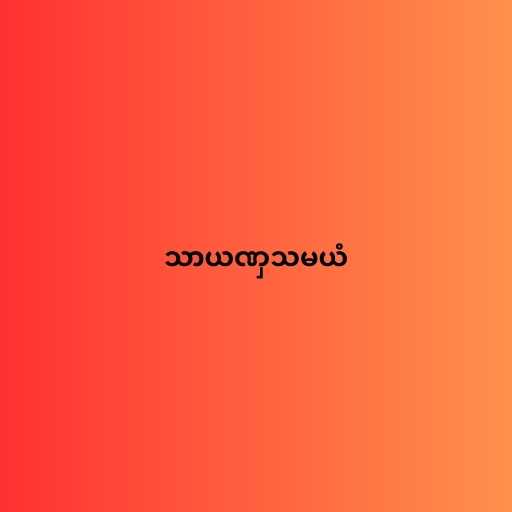
သာယဏှသမယံ